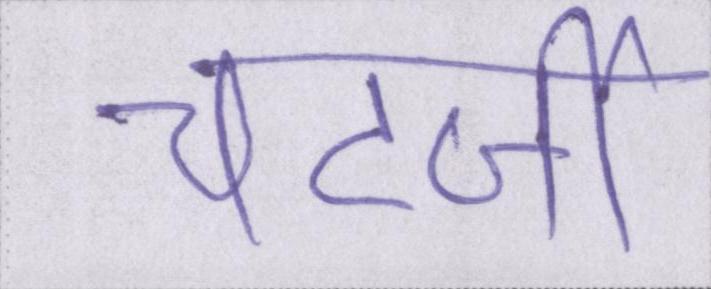
चटर्जी